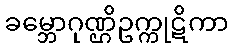
ခမ္ဘောဂုဏ္ဌိဥက္ကုဋိကာ